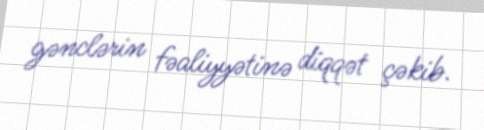
gənclərin fəaliyyətinə diqqət çəkib.